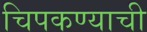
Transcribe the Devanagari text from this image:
चिपकण्याची